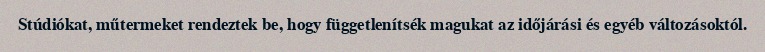
Stúdiókat, műtermeket rendeztek be, hogy függetlenítsék magukat az időjárási és egyéb változásoktól.